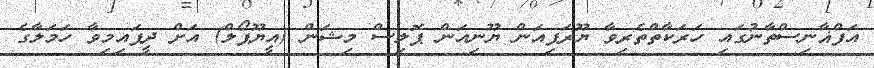
އަފްޣާނިސްތާނުގައި ހަރަކާތްތެރިވާ ޔޫރަޕިއަން ޔޫނިއަން ޕޮލިސް މިޝަން (އީޔޫޕޯލް) އަށް ދީފައިމިވާ ހަމަލާގެ